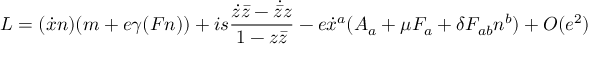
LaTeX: L = ( \dot { x } n ) ( m + e \gamma ( F n ) ) + i s \frac { \dot { z } \bar { z } - \dot { \bar { z } } z } { 1 - z \bar { z } } - e \dot { x } ^ { a } ( A _ { a } + \mu F _ { a } + \delta F _ { a b } n ^ { b } ) + { \cal O } ( e ^ { 2 } )